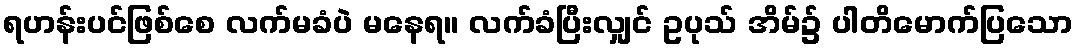
ရဟန်းပင်ဖြစ်စေ လက်မခံပဲ မနေရ။ လက်ခံပြီးလျှင် ဥပုသ် အိမ်၌ ပါတိမောက်ပြသော